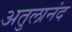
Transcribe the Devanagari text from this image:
अतुलानंद